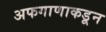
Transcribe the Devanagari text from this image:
अफगाणाकडून